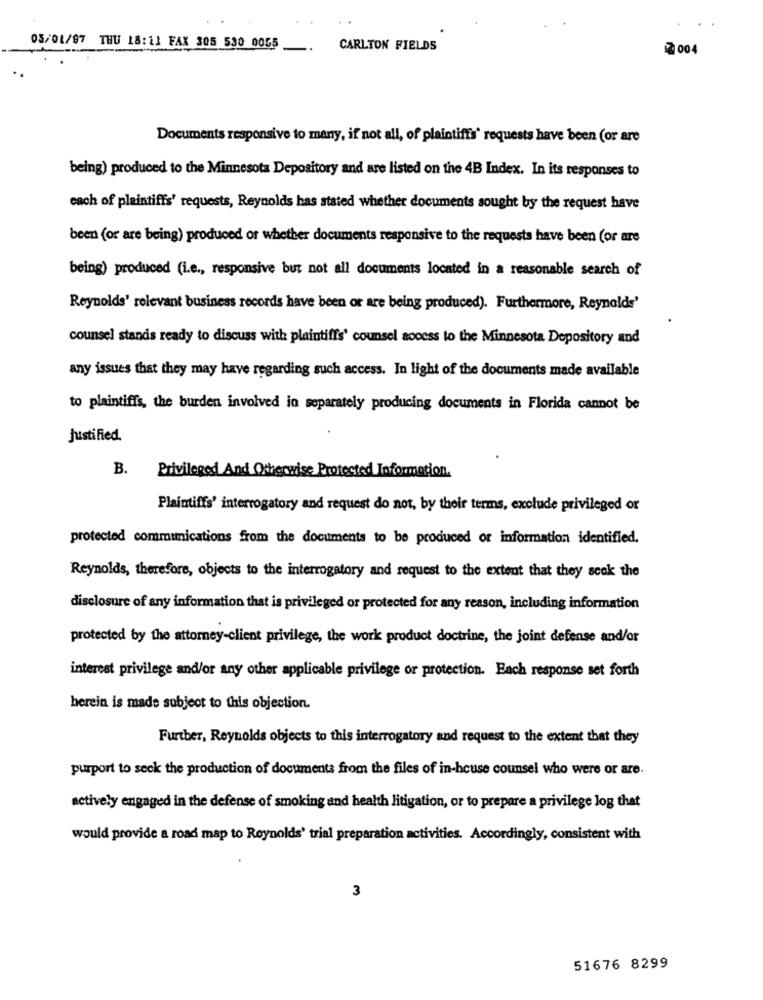
.
05/01/97 THU 18:11 FAX 305 530 0055
CARLTON FIELDS
2 004
Documents responsive to many, if not all, of plaintiffs' requests have been (or are
being) produced to the Minnesota Depository and are listed on the 4B Index. In its responses to
each of plaintiffs' requests, Reynolds has stated whether documents sought by the request have
been (or are being) produced of whether documents responsive to the requests have been (or are
being) produced (i.e ., responsive but not all documents located in a reasonable search of
Reynolds' relevant business records have been or are being produced). Furthermore, Reynolds'
counsel standis ready to discuss with plaintiffs' counsel access to the Minnesota Depository and
any issues that they may have regarding such access. In light of the documents made available
to plaintiffs, the burden involved in separately producing documents in Florida cannot be
justified.
B.
Privileged And Otherwise Protected Information.
Plaintiffs' interrogatory and request do not, by their terms, exclude privileged or
protected communications from the documents to be produced or information identified.
Reynolds, therefore, objects to the interrogatory and request to the extent that they seok the
disclosure of any information that is privileged or protected for any reason, including information
protected by the attorney-client privilege, the work product doctrine, the joint defense and/or
interest privilege and/or any other applicable privilege or protection. Each response set forth
herein is made subject to this objection.
Further, Reynolds objects to this interrogatory and request to the extent that they
purport to seck the production of documents from the files of in-house counsel who were or are.
actively engaged in the defense of smoking and health litigation, or to prepare a privilege log that
would provide a road map to Reynolds' trial preparation activities. Accordingly, consistent with
3
51676 8299